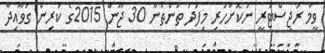
ވީމާ ރަޖިސްޓަރީ ނުކޮށްހުރި މިފަދަ ތަންތަން 30 ޖޫން 2015ގެ ކުރިން ގަވާއިދާ